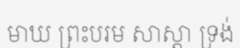
មាឃ ព្រះបរម សាស្តា ទ្រង់